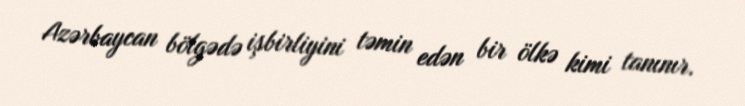
Azərbaycan bölgədə işbirliyini təmin edən bir ölkə kimi tanınır.